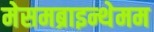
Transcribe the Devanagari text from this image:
मेसमब्राइन्थेमम